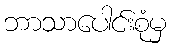
ဘာသာပေါင်းစုံမှ